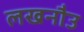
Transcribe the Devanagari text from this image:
लखनौउ